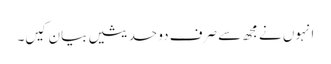
انہوں نے مجھ سے صرف دو حدیثیں بیان کیں۔